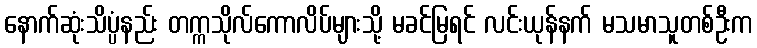
နောက်ဆုံးသိပ္ပံနည်း တက္ကသိုလ်ကောလိပ်များသို့ မခင်မြရင် လင်းယုန်နက် မသမာသူတစ်ဦးက